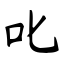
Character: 叱